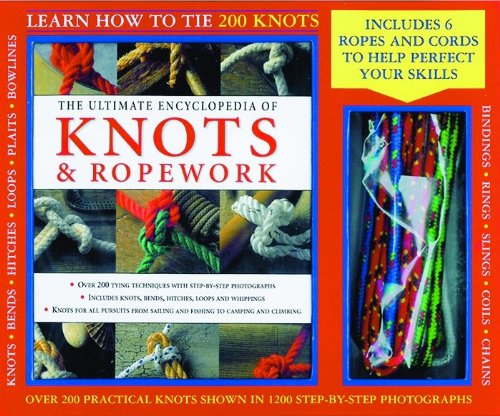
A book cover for Learn How to Tie 200 Knots; Crafts, Hobbies & Home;